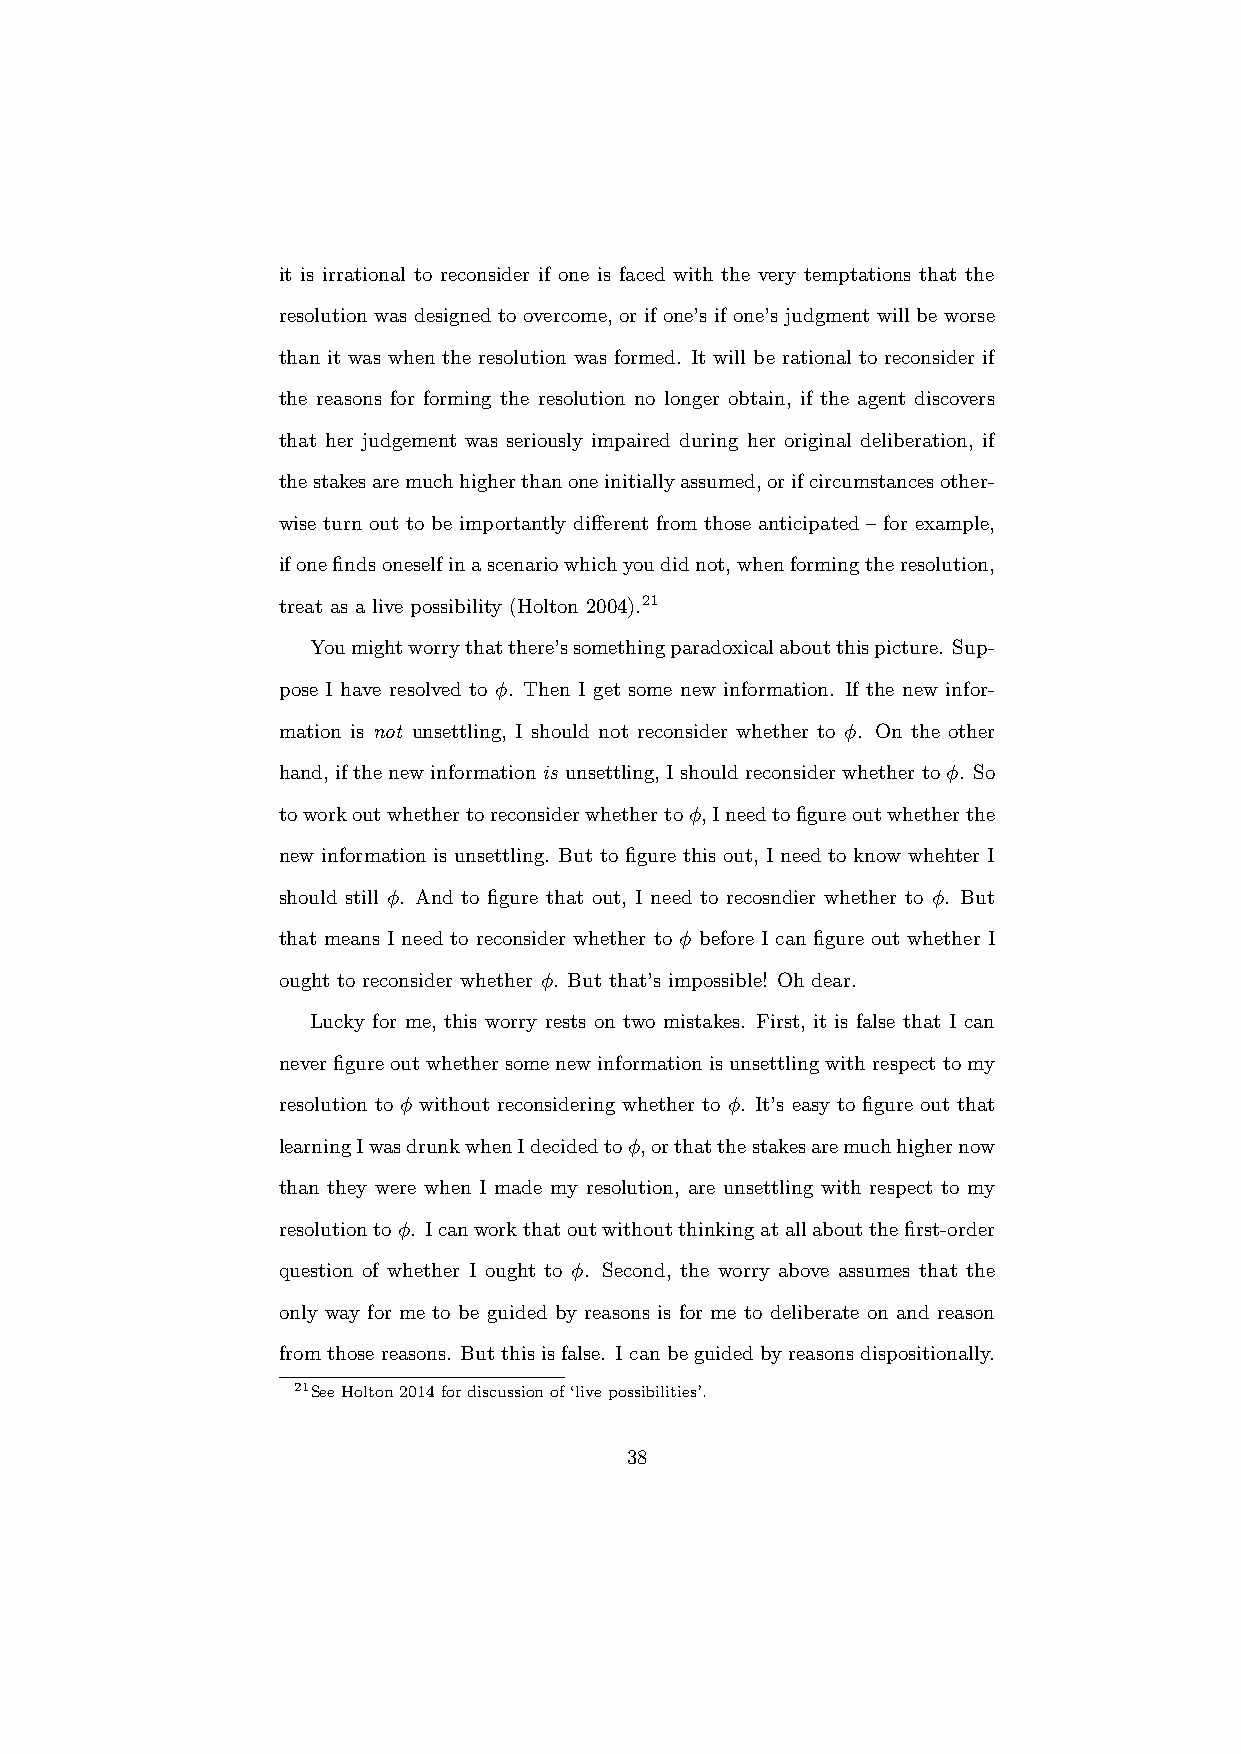
it is irrational to reconsider if one is faced with the very temptations that the
 resolution was designed to overcome, or if one’s if one’s judgment will be worse
 than it was when the resolution was formed. It will be rational to reconsider if
 the reasons for forming the resolution no longer obtain, if the agent discovers
 that her judgement was seriously impaired during her original deliberation, if
 thestakesaremuchhigherthanoneinitiallyassumed,orifcircumstancesother-
 wise turn out to be importantly different from those anticipated – for example,
 ifonefindsoneselfinascenariowhichyoudidnot,whenformingtheresolution,
 treat as a live possibility (Holton 2004).21
 Youmightworrythatthere’ssomethingparadoxicalaboutthispicture. Sup-
 pose I have resolved to φ. Then I get some new information. If the new infor-
 mation is not unsettling, I should not reconsider whether to φ. On the other
 hand,ifthenewinformationis unsettling,Ishouldreconsiderwhethertoφ. So
 toworkoutwhethertoreconsiderwhethertoφ,Ineedtofigureoutwhetherthe
 new information is unsettling. But to figure this out, I need to know whehter I
 should still φ. And to figure that out, I need to recosndier whether to φ. But
 that means I need to reconsider whether to φ before I can figure out whether I
 ought to reconsider whether φ. But that’s impossible! Oh dear.
 Lucky for me, this worry rests on two mistakes. First, it is false that I can
 neverfigureoutwhethersomenewinformationisunsettlingwithrespecttomy
 resolution to φ without reconsidering whether to φ. It’s easy to figure out that
 learningIwasdrunkwhenIdecidedtoφ,orthatthestakesaremuchhighernow
 than they were when I made my resolution, are unsettling with respect to my
 resolutiontoφ. Icanworkthatoutwithoutthinkingatallaboutthefirst-order
 question of whether I ought to φ. Second, the worry above assumes that the
 only way for me to be guided by reasons is for me to deliberate on and reason
 fromthosereasons. Butthisisfalse. Icanbeguidedbyreasonsdispositionally.
 21SeeHolton2014fordiscussionof‘livepossibilities’.
 38